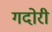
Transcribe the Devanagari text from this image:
गदोरी